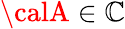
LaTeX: {\calA}\in{\cal\mathbb{C}}